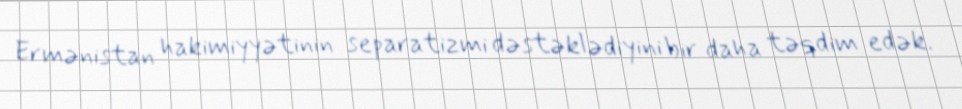
Ermənistan hakimiyyətinin separatizmi dəstəklədiyini bir daha təqdim edək.